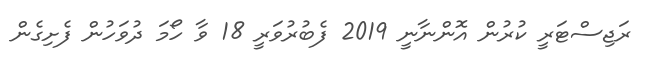
ރަޖިސްޓަރީ ކުރުން އޮންނާނީ 2019 ފެބުރުވަރީ 18 ވާ ހޯމަ ދުވަހުން ފެށިގެން